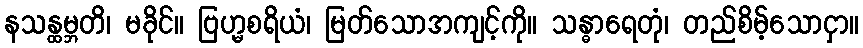
နသန္ထမ္ဘတိ၊ မခိုင်။ ဗြဟ္မစရိယံ၊ မြတ်သောအကျင့်ကို။ သန္ဓာရေတုံ၊ တည်စိမ့်သောငှာ။